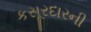
કસૂરદારની